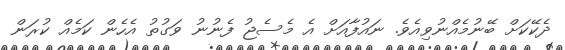
ދެކޭކަށް ބޭނުމެއްނުވިއެވެ. ނައުފާއަށް އެ މެސެޖު ފެނުނު ވަގުތު އެހެން ކަމެއް ކުރަން